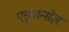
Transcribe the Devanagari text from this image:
एड्वान्सेज़